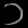
Digit: ၁